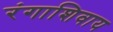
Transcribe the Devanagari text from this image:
रंगाशिवाय